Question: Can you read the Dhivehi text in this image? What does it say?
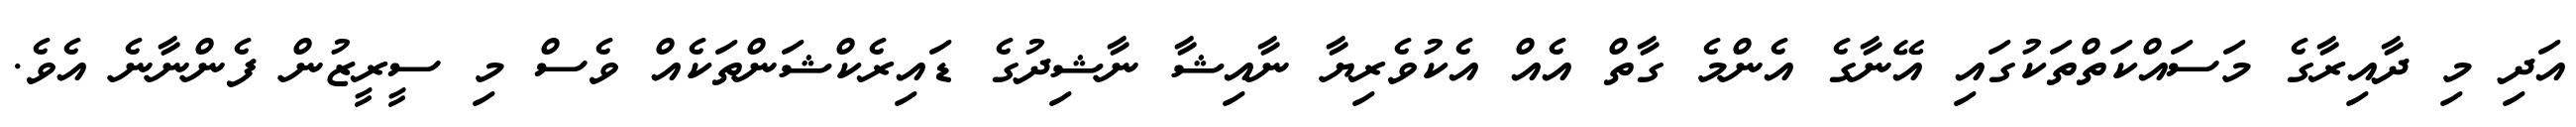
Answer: އަދި މި ދާއިރާގެ މަސައްކަތްތަކުގައި އޭނާގެ އެންމެ ގާތް އެއް އެކުވެރިޔާ ނާއިޝާ ނާޝިދުގެ ޑައިރެކްޝަންތަކެއް ވެސް މި ސީރީޒުން ފެންނާނެ އެވެ.